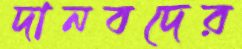
দানবদের